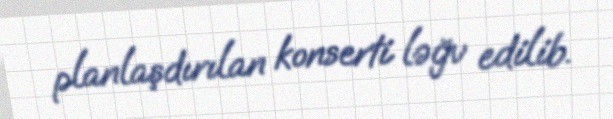
planlaşdırılan konserti ləğv edilib.